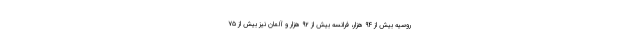
روسیه بیش از ۹۴ هزار، فرانسه بیش از ۹۲ هزار و آلمان نیز بیش از ۷۵